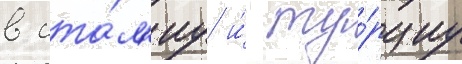
в ита́л'иу и́ ту́рциу